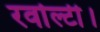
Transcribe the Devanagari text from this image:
रर्वाल्टी।